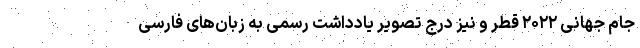
جام جهانی ۲۰۲۲ قطر و نیز درج تصویر یادداشت رسمی به زبان‌های فارسی